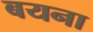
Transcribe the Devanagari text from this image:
बयना